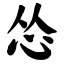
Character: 怂